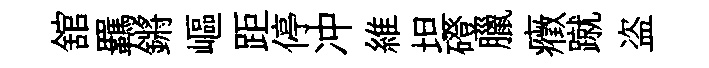
舘羈鏘嶇距停冲維坦磴臘癥蹴盗